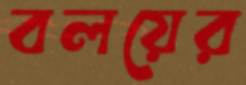
বলয়ের